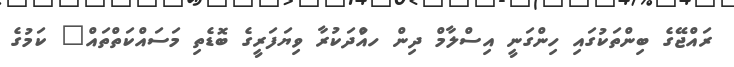
ރައްޖޭގެ ބިންތަކުގައި ހިންގަނީ އިސްލާމް ދިން ހއުްދަކުރާ ވިޔަފަރީގެ ބޮޑެތި މަސައްކަތްތައް" ކަމުގެ